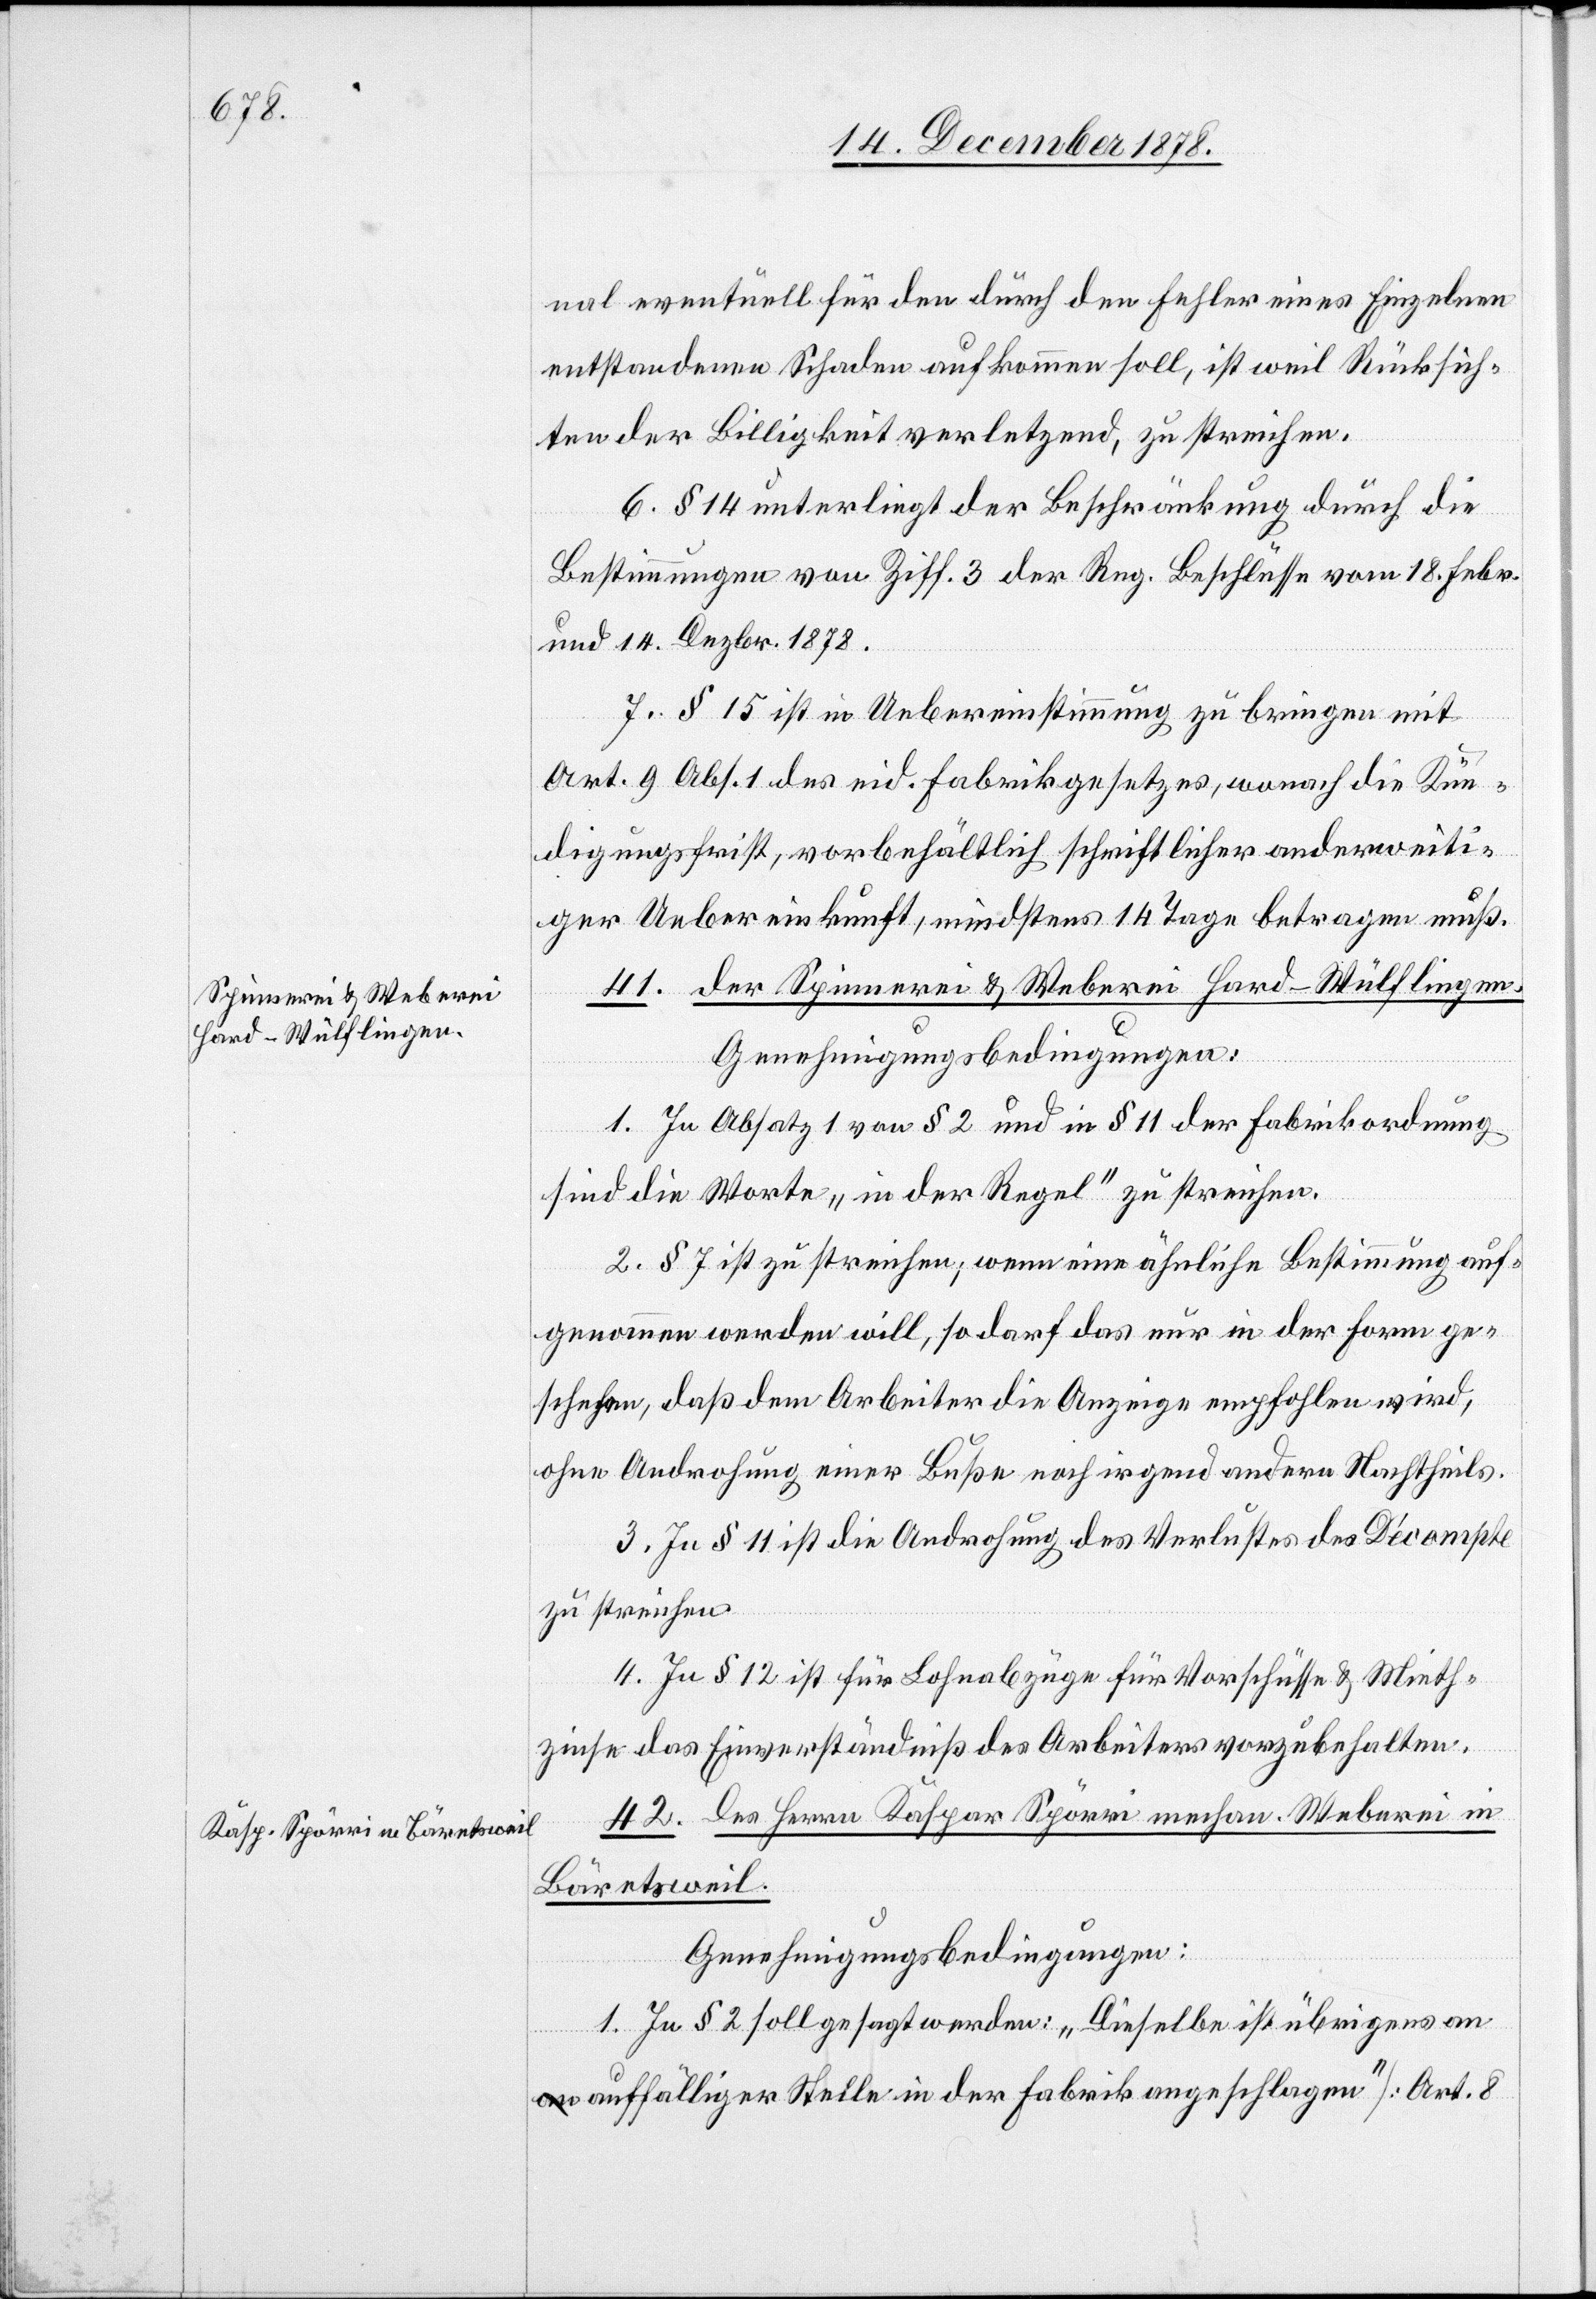
nal eventuell für den durch den Fehler eines Einzelnen
entstandenen Schaden aufkommen soll, ist weil Rücksich¬
ten der Billigkeit verletzend, zu streichen.
6. § 14 unterliegt der Beschränkung durch die
Bestimmungen von Ziff. 3 der Reg. Beschlüsse vom 18. Febr.
und 14. Dezbr. 1878.
7. § 15 ist in Uebereinstimmung zu bringen mit
Art. 9 Abs. 1 des eid. Fabrikgesetzes, wonach die Kün¬
digungsfrist, vorbehältlich schriftlicher anderweiti¬
ger Uebereinkunft, mindestens 14 Tage betragen muß.
41. der Spinnerei & Weberei Hard - Wülflingen.
Genehmigungsbedingungen:
1. In Absatz 1 von § 2 und § 11 der Fabrikordnung
sind die Worte „in der Regel“ zu streichen.
2. § 7 ist zu streichen; wenn eine ähnliche Bestimmung auf¬
genommen werden will, so darf das nur in der Form ge¬
schehen, daß dem Arbeiter die Anzeige empfohlen wird,
ohne Androhung einer Buße noch irgend andern Nachtheils.
3. In § 11 ist die Androhung des Verlustes des Décompte
zu streichen.
4. In § 12 ist für Lohnabzüge für Vorschüsse & Mieth¬
zinse das Einverständniß des Arbeiters vorzubehalten.
42. des Herrn Kaspar Spörri mechan. Weberei in
Bäretsweil.
nung.]
Genehmigungsbedingungen:
1. In § 2 soll gesagt werden: „Dieselbe ist übrigens an
auffälliger Stelle in der Fabrik angeschlagen“ [Art. 8